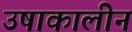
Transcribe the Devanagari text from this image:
उषाकालीन